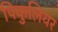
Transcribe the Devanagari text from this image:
पिकुलियर